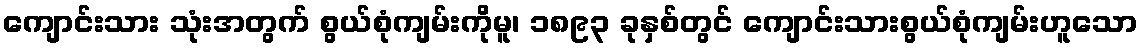
ကျောင်းသား သုံးအတွက် စွယ်စုံကျမ်းကိုမူ၊ ၁၈၉၃ ခုနှစ်တွင် ကျောင်းသားစွယ်စုံကျမ်းဟူသော